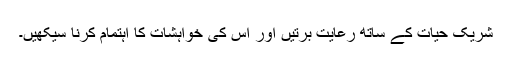
شریک حیات کے ساتھ رعایت برتیں اور اس کی خواہشات کا اہتمام کرنا سیکھیں۔